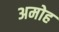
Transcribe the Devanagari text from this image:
अमोह